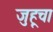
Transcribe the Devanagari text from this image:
जुहूचा